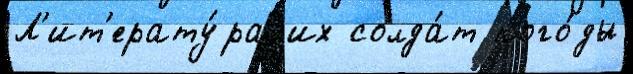
Л'ит'ерату́ра их солда́т пого́ды